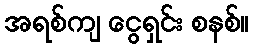
အရစ်ကျ ငွေရှင်း စနစ်။